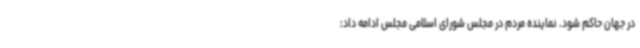
در جهان حاکم شود. نماینده مردم در مجلس شورای اسلامی مجلس ادامه داد: